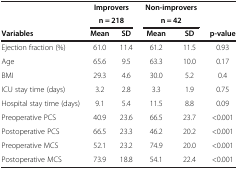
<table><thead><tr><td><b> </b></td><td colspan="2"><b>Improvers</b></td><td colspan="2"><b>Non-improvers</b></td><td><b> </b></td></tr><tr><td><b> </b></td><td colspan="2"><b>n = 218</b></td><td colspan="2"><b>n = 42</b></td><td><b> </b></td></tr><tr><td><b>Variables</b></td><td><b>Mean</b></td><td><b>SD</b></td><td><b>Mean</b></td><td><b>SD</b></td><td><b>p-value</b></td></tr></thead><tbody><tr><td>Ejection fraction (%)</td><td>61.0</td><td>11.4</td><td>61.2</td><td>11.5</td><td>0.93</td></tr><tr><td>Age</td><td>65.6</td><td>9.5</td><td>63.3</td><td>10.0</td><td>0.17</td></tr><tr><td>BMI</td><td>29.3</td><td>4.6</td><td>30.0</td><td>5.2</td><td>0.4</td></tr><tr><td>ICU stay time (days)</td><td>3.2</td><td>2.8</td><td>3.3</td><td>1.9</td><td>0.75</td></tr><tr><td>Hospital stay time (days)</td><td>9.1</td><td>5.4</td><td>11.5</td><td>8.8</td><td>0.09</td></tr><tr><td>Preoperative PCS</td><td>40.9</td><td>23.6</td><td>66.5</td><td>23.7</td><td>&lt;0.001</td></tr><tr><td>Postoperative PCS</td><td>66.5</td><td>23.3</td><td>46.2</td><td>20.2</td><td>&lt;0.001</td></tr><tr><td>Preoperative MCS</td><td>52.1</td><td>23.2</td><td>74.9</td><td>20.0</td><td>&lt;0.001</td></tr><tr><td>Postoperative MCS</td><td>73.9</td><td>18.8</td><td>54.1</td><td>22.4</td><td>&lt;0.001</td></tr></tbody></table>